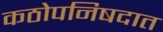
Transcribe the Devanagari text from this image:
कठोपनिषदात